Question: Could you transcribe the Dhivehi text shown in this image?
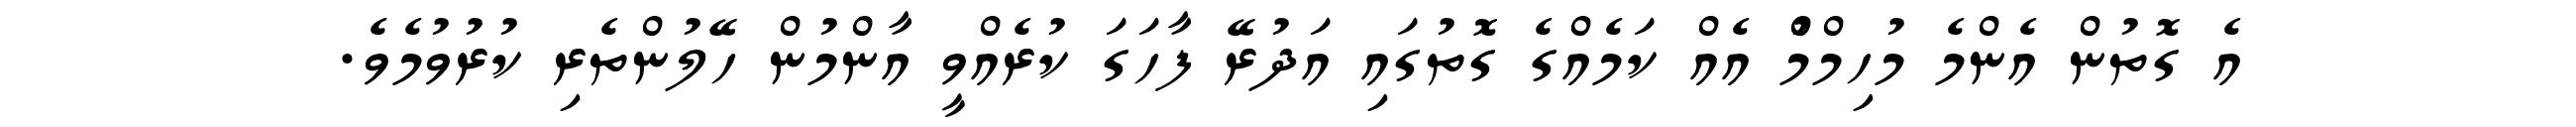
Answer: އެ ގޮތުން އެންމެ މުހިމްމްު އެއް ކަމެއްގެ ގޮތުގައި އަދުރޭ ފާހަގަ ކުރެއްވީ އާންމުން ހޭލުންތެރި ކުރުވުމެވެ.